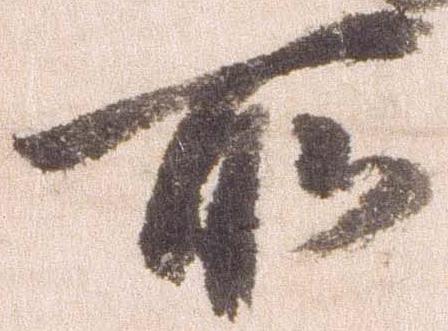
所